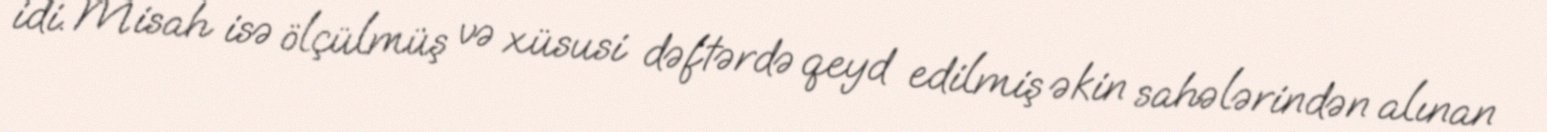
idi. Misah isə ölçülmüş və xüsusi dəftərdə qeyd edilmiş əkin sahələrindən alınan